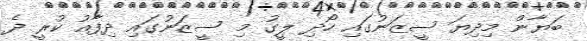
ބަޔާން މިދިޔަ ސީޒަނުގައި ހޯދި ލީގު މި ސީޒަނުގައި ދިފާއު ކުރީ ދެ